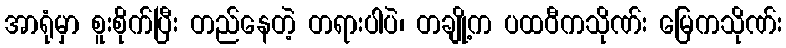
အာရုံမှာ စူးစိုက်ပြီး တည်နေတဲ့ တရားပါပဲ၊ တချို့က ပထဝီကသိုဏ်း မြေကသိုဏ်း